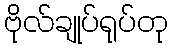
ဗိုလ်ချုပ်ရုပ်တု